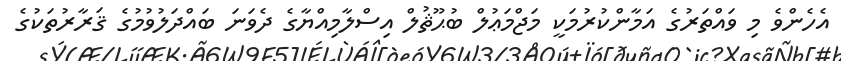
އެހެންވެ މި ވައްތަރުގެ އަމާންކުރުމަކީ މަޖްމަޢުލް ބުޙޫޘުލް އިސްލާމިއްޔާގެ ދެވަނަ ބައްދަލުވުމުގެ ޤަރާރުތަކުގެ